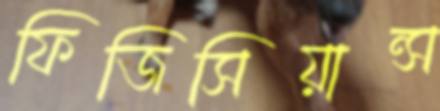
ফিজিসিয়ান্স